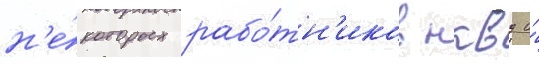
н'е́которых рабо́тн'иков нквд и́